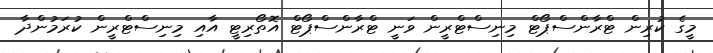
މީގެ ކުރިން ޓްރާންސްޕޯޓް މިނިސްޓްރީން ވަނީ ޓްރާންސްޕޯޓް އޮތޯރިޓީ އާއި މިނިސްޓްރީން ކުރަމުންދާ